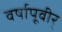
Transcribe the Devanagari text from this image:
वर्षापूवीर्